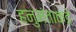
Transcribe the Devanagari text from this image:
हनुमंताकडे